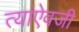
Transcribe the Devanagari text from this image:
त्यांऐवजी